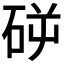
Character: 𥑺